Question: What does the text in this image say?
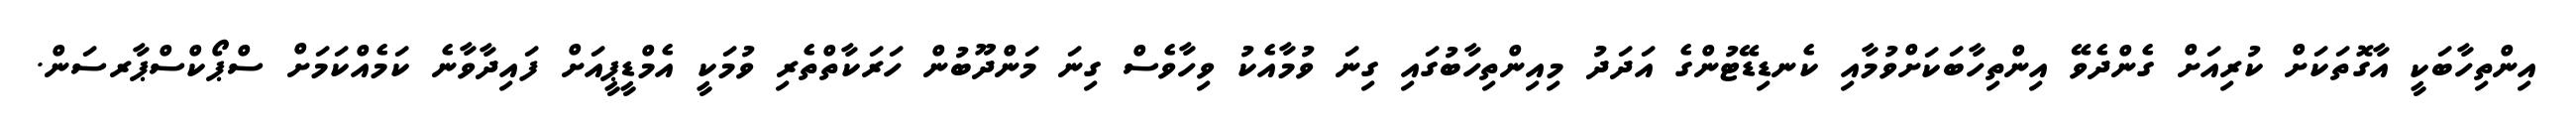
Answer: އިންތިހާބަކީ އާގޮތަކަށް ކުރިއަށް ގެންދެވޭ އިންތިހާބަކަށްވުމާއި ކެނޑިޑޭޓުންގެ އަދަދު މިއިންތިހާބުގައި ގިނަ ވުމާއެކު ވިހާވެސް ގިނަ މަންދޫބުން ހަރަކާތްތެރި ވުމަކީ އެމްޑީޕީއަށް ފައިދާވާނެ ކަމެއްކަމަށް ސްޕޯކްސްޕާރސަން.